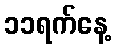
၁၁ရက်နေ့